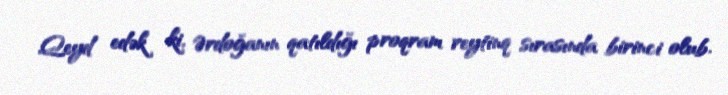
Qeyd edək ki, Ərdoğanın qatıldığı proqram reytinq sırasında birinci olub.